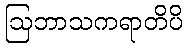
ဩဘာသကရာတိပိ